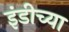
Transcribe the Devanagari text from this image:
इंडीच्या